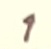
Text: 1